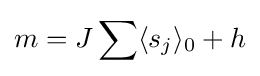
m=J\sum \langle s_{j}\rangle _{0}+h